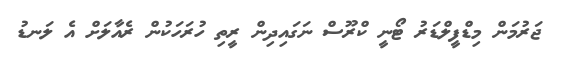
ޖަރުމަން މިޑްފީލްޑަރު ޓޯނީ ކްރޫސް ނަގައިދިން ރީތި ހުރަހަކުން ރެއާލަށް އެ ލަނޑު